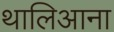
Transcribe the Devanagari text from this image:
थालिआना